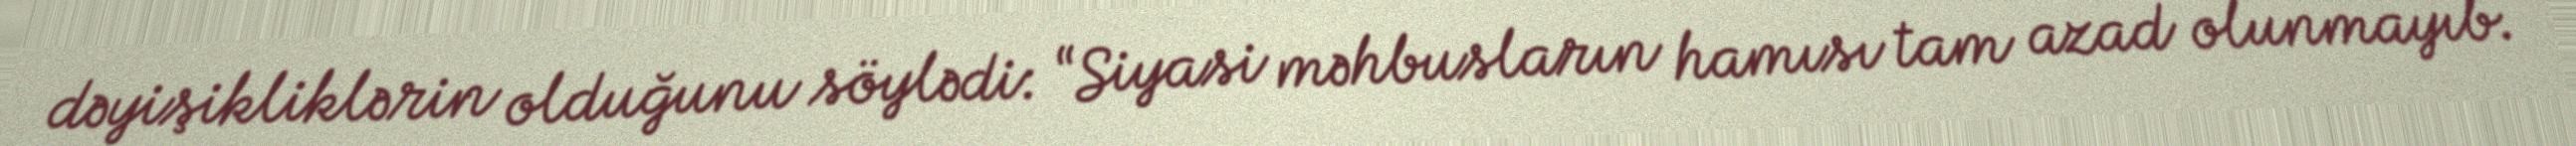
dəyişikliklərin olduğunu söylədi: “Siyasi məhbusların hamısı tam azad olunmayıb.